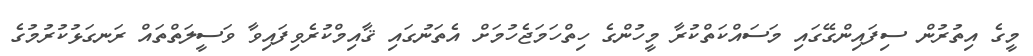
މީގެ އިތުރުން ސިފައިންގޭގައި މަސައްކަތްކުރާ މީހުންގެ ހިތްހަމަޖެހުމަށް އެތަނުގައި ޤާއިމްކުރެވިފައިވާ ވަސީލަތްތައް ރަނގަޅުކުރުމުގެ